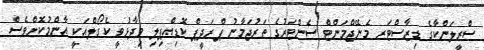
ސްރީލަންކާގެ ޑިޒާސްޓަރ މެނޭޖްމަންޓް ސެންޓަރުގެ ތަރުޖަމާނު ޕްރަދީޕް ކޮޑިއްޕިލި ވިދާޅުވީ ކެގޯލްއަކީ އާންމުކޮށްވެސް